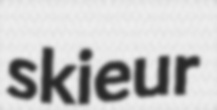
skieur